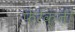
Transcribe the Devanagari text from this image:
फेरेंक्ज़ी